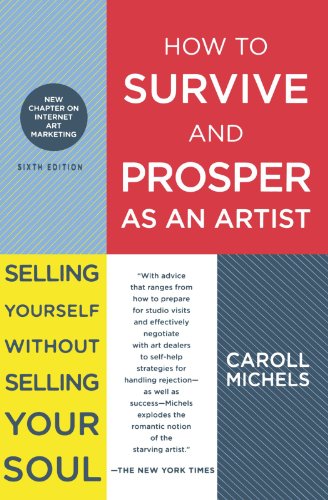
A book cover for How to Survive and Prosper as an Artist: Selling Yourself Without Selling Your Soul; Caroll Michels; Arts & Photography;